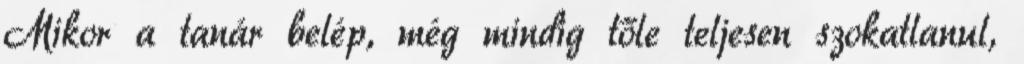
Mikor a tanár belép, még mindig tőle teljesen szokatlanul,